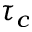
\tau _ { c }